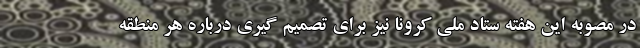
در مصوبه این هفته ستاد ملی کرونا نیز برای تصمیم گیری درباره هر منطقه